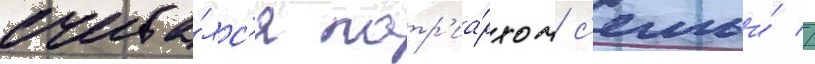
счита́лс'я патр'иа́рхом с'емьи́ //